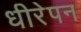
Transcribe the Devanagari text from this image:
धीरेपन